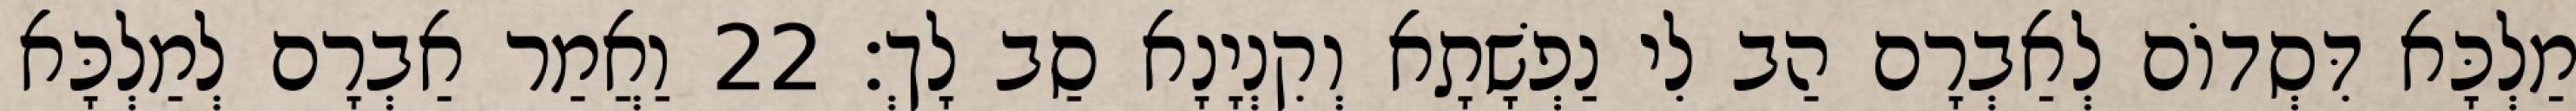
מַלְכָּא דִּסְדוֹם לְאַבְרָם הַב לִי נַפְשָׁתָא וְקִנְיָנָא סַב לָךְ׃ 22 וַאֲמַר אַבְרָם לְמַלְכָּא